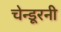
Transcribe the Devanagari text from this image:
चेन्डूरनी